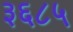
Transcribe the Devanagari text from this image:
३६८५